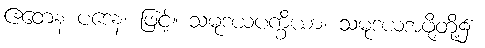
ဧတေန ပဒေန၊ ဖြင့်။ သမုဒယပက္ခိယာ၊ သမုဒယအဖို့တို့၌